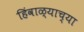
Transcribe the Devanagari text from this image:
हिंवाळ्याच्या